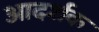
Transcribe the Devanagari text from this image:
आदर्शक